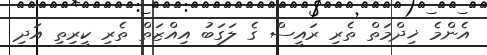
އެންމެ ޚިދްމަތް ތެރި ރައީސް ގެ ލަގަބު އިއްޒަތް ތެރި ކީރިތި އަދި